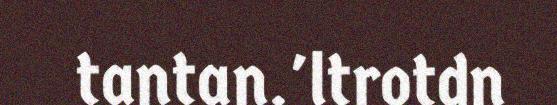
tantan.'ltrotdn